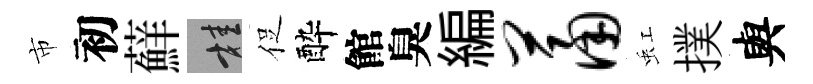
市初蘚桂促酔館臭編萧虹撲與